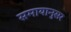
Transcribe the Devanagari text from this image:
समायानुसर